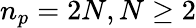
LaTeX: n_{p}=2N,N\ge 2